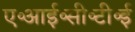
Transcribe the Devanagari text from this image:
ए॰आई॰सी॰टी॰ई